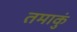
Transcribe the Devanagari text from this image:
तमाकुं